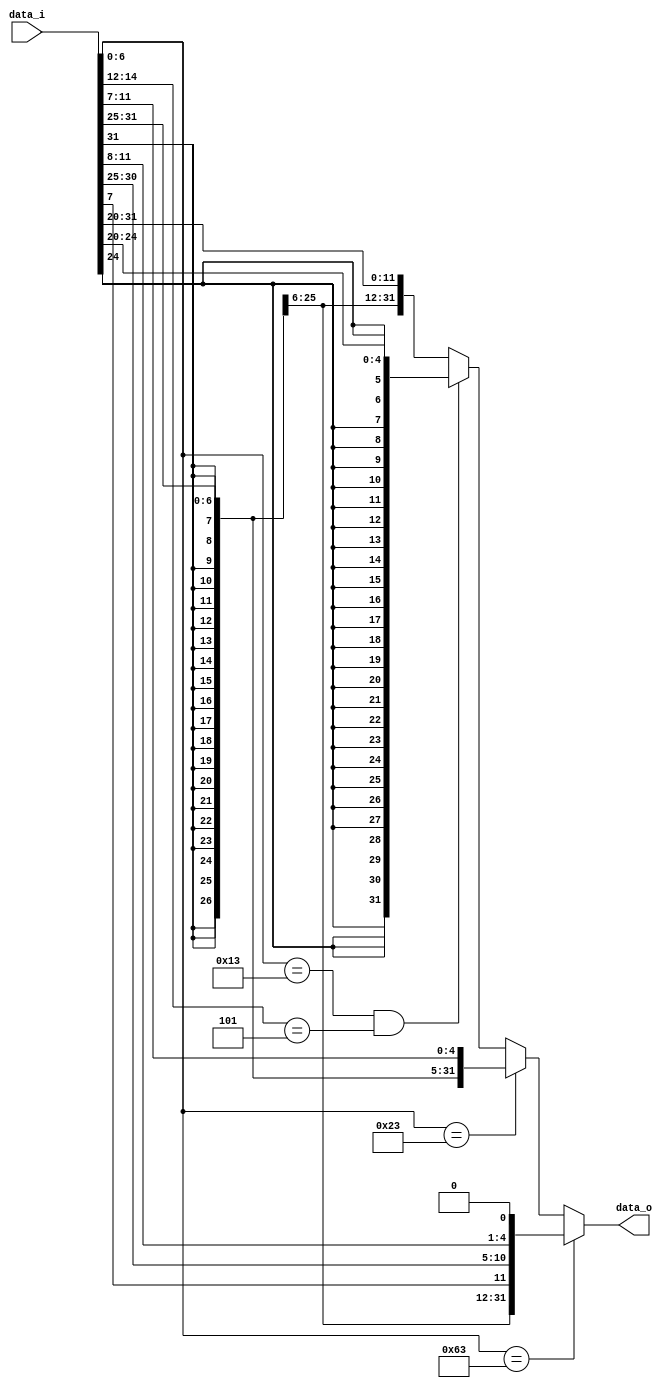
module Imm_Gen(
    data_i,
    data_o
);
// Signed extends the immediate value into 32-bit number. You have to make sure
// both positive and negative immediate values can work correctly.

input      [31:0] data_i;
output reg [31:0] data_o;


always @ (*) begin
    if (data_i[6:0] == 7'b1100011) // beq
        data_o = {{20{data_i[31]}}, data_i[7], data_i[30:25], data_i[11:8], 1'b0};
    else if (data_i[6:0] == 7'b0100011) // sw
        data_o = {{20{data_i[31]}}, data_i[31:25], data_i[11:7]};
    else if (data_i[6:0] == 7'b0010011 && data_i[14:12] == 3'b101) // srai
        data_o = {{27{data_i[24]}}, data_i[24:20]};
    else
        data_o = {{20{data_i[31]}}, data_i[31:20]};

end

endmodule